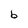
Character: b